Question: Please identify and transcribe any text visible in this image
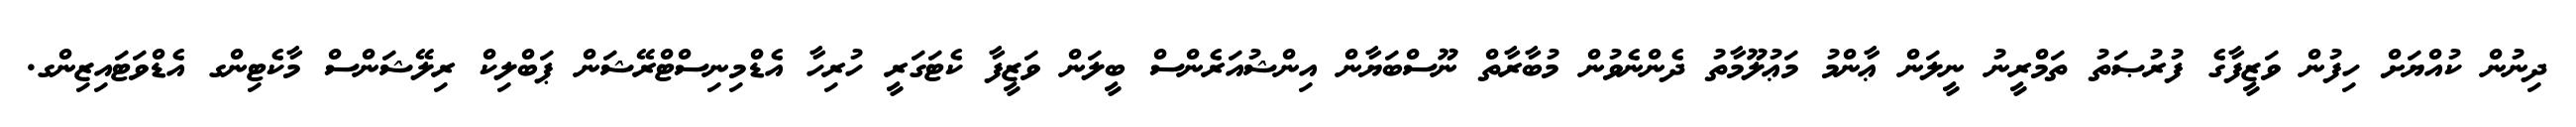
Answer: ދިނުން ކުއްޔަށް ހިފުން ވަޒީފާގެ ފުރުޞަތު ތަމްރީނު ނީލަން ޢާންމު މަޢުލޫމާތު ދެންނެވުން މުބާރާތް ނޫސްބަޔާން އިންޝުއަރެންސް ބީލަން ވަޒީފާ ކެޓަގަރީ ހުރިހާ އެޑްމިނިސްޓްރޭޝަން ޕަބްލިކް ރިލޭޝަންސް މާކެޓިންގ އެޑްވަޓައިޒިންގ.